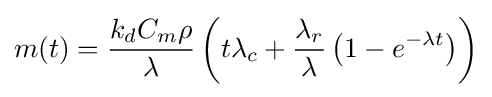
m(t)={{k_{d}C_{m}\rho } \over {\lambda }}\left(t\lambda _{c}+{{\lambda _{r}} \over {\lambda }}\left(1-e^{-\lambda t}\right)\right)